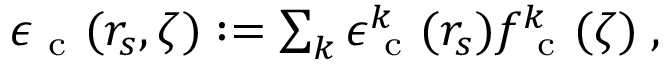
\begin{array} { r } { \epsilon _ { \mathrm { ~ c ~ } } ( r _ { s } , \zeta ) : = \sum _ { k } \epsilon _ { \mathrm { ~ c ~ } } ^ { k } ( r _ { s } ) f _ { \mathrm { ~ c ~ } } ^ { k } ( \zeta ) \; , } \end{array}